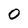
Character: 0